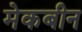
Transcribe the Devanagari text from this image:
मेकबीन